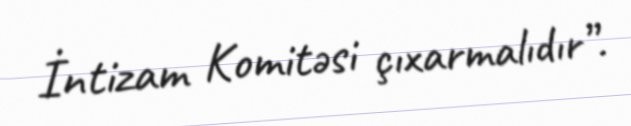
İntizam Komitəsi çıxarmalıdır”.